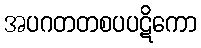
အပဂတတစပပဋိကော